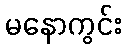
မနောကွင်း